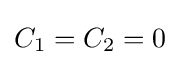
C_{1}=C_{2}=0